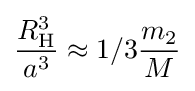
{\frac {R_{\mathrm {H} }^{3}}{a^{3}}}\approx 1/3{\frac {m_{2}}{M}}